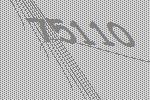
75110